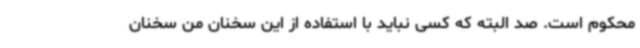
محکوم است. صد البته که کسی نباید با استفاده از این سخنان من سخنان